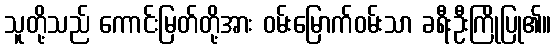
သူတို့သည် ကောင်းမြတ်တို့အား ဝမ်းမြောက်ဝမ်းသာ ခရီးဦးကြိုပြု၏။